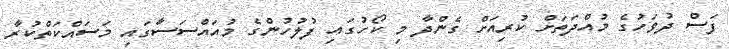
ފަސް ދުވަހުގެ މުއްދަތަށް ކުރިއަށް ގެންދާ މި ކޯހުގައި ފުލުހުންގެ މުއައްސަސާގައި މަސައްކަތްކުރާ